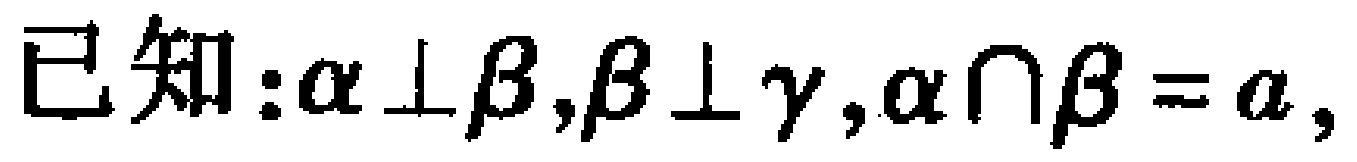
已知：$\alpha \perp \beta,\beta \perp \gamma,\alpha \cap \beta = a,$